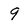
Character: 9